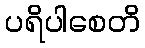
ပရိပါစေတိ